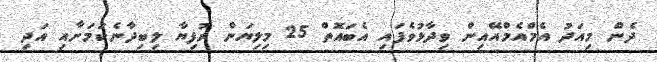
ދެން މިއަދު އެމްއެމްއޭއިން ވިދާޅުވެފައި އެބައޮތް 25 މިލިޔަން ރުފިޔާ ލިބިދާނެކަމަށާއި އަދި